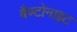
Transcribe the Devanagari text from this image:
बैण्टोनाइट